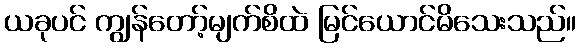
ယခုပင် ကျွန်တော့်မျက်စိထဲ မြင်ယောင်မိသေးသည်။